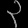
Digit: ၃